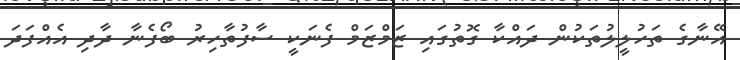
އޭނާގެ ތަހުލީލުތަކުން ދައްކާ ގޮތުގައި ޒަމްޒަމް ފެނަކީ ސާފުތާހިރު ބޯފެނާ ދާދި އެއްފަދަ